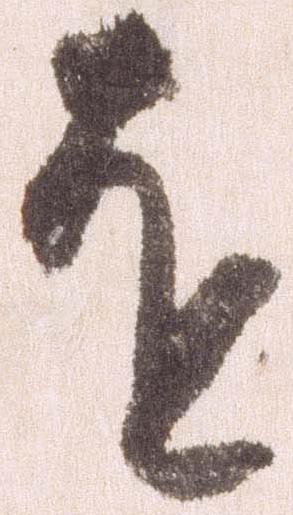
を